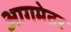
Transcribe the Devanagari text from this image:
आगमेतर